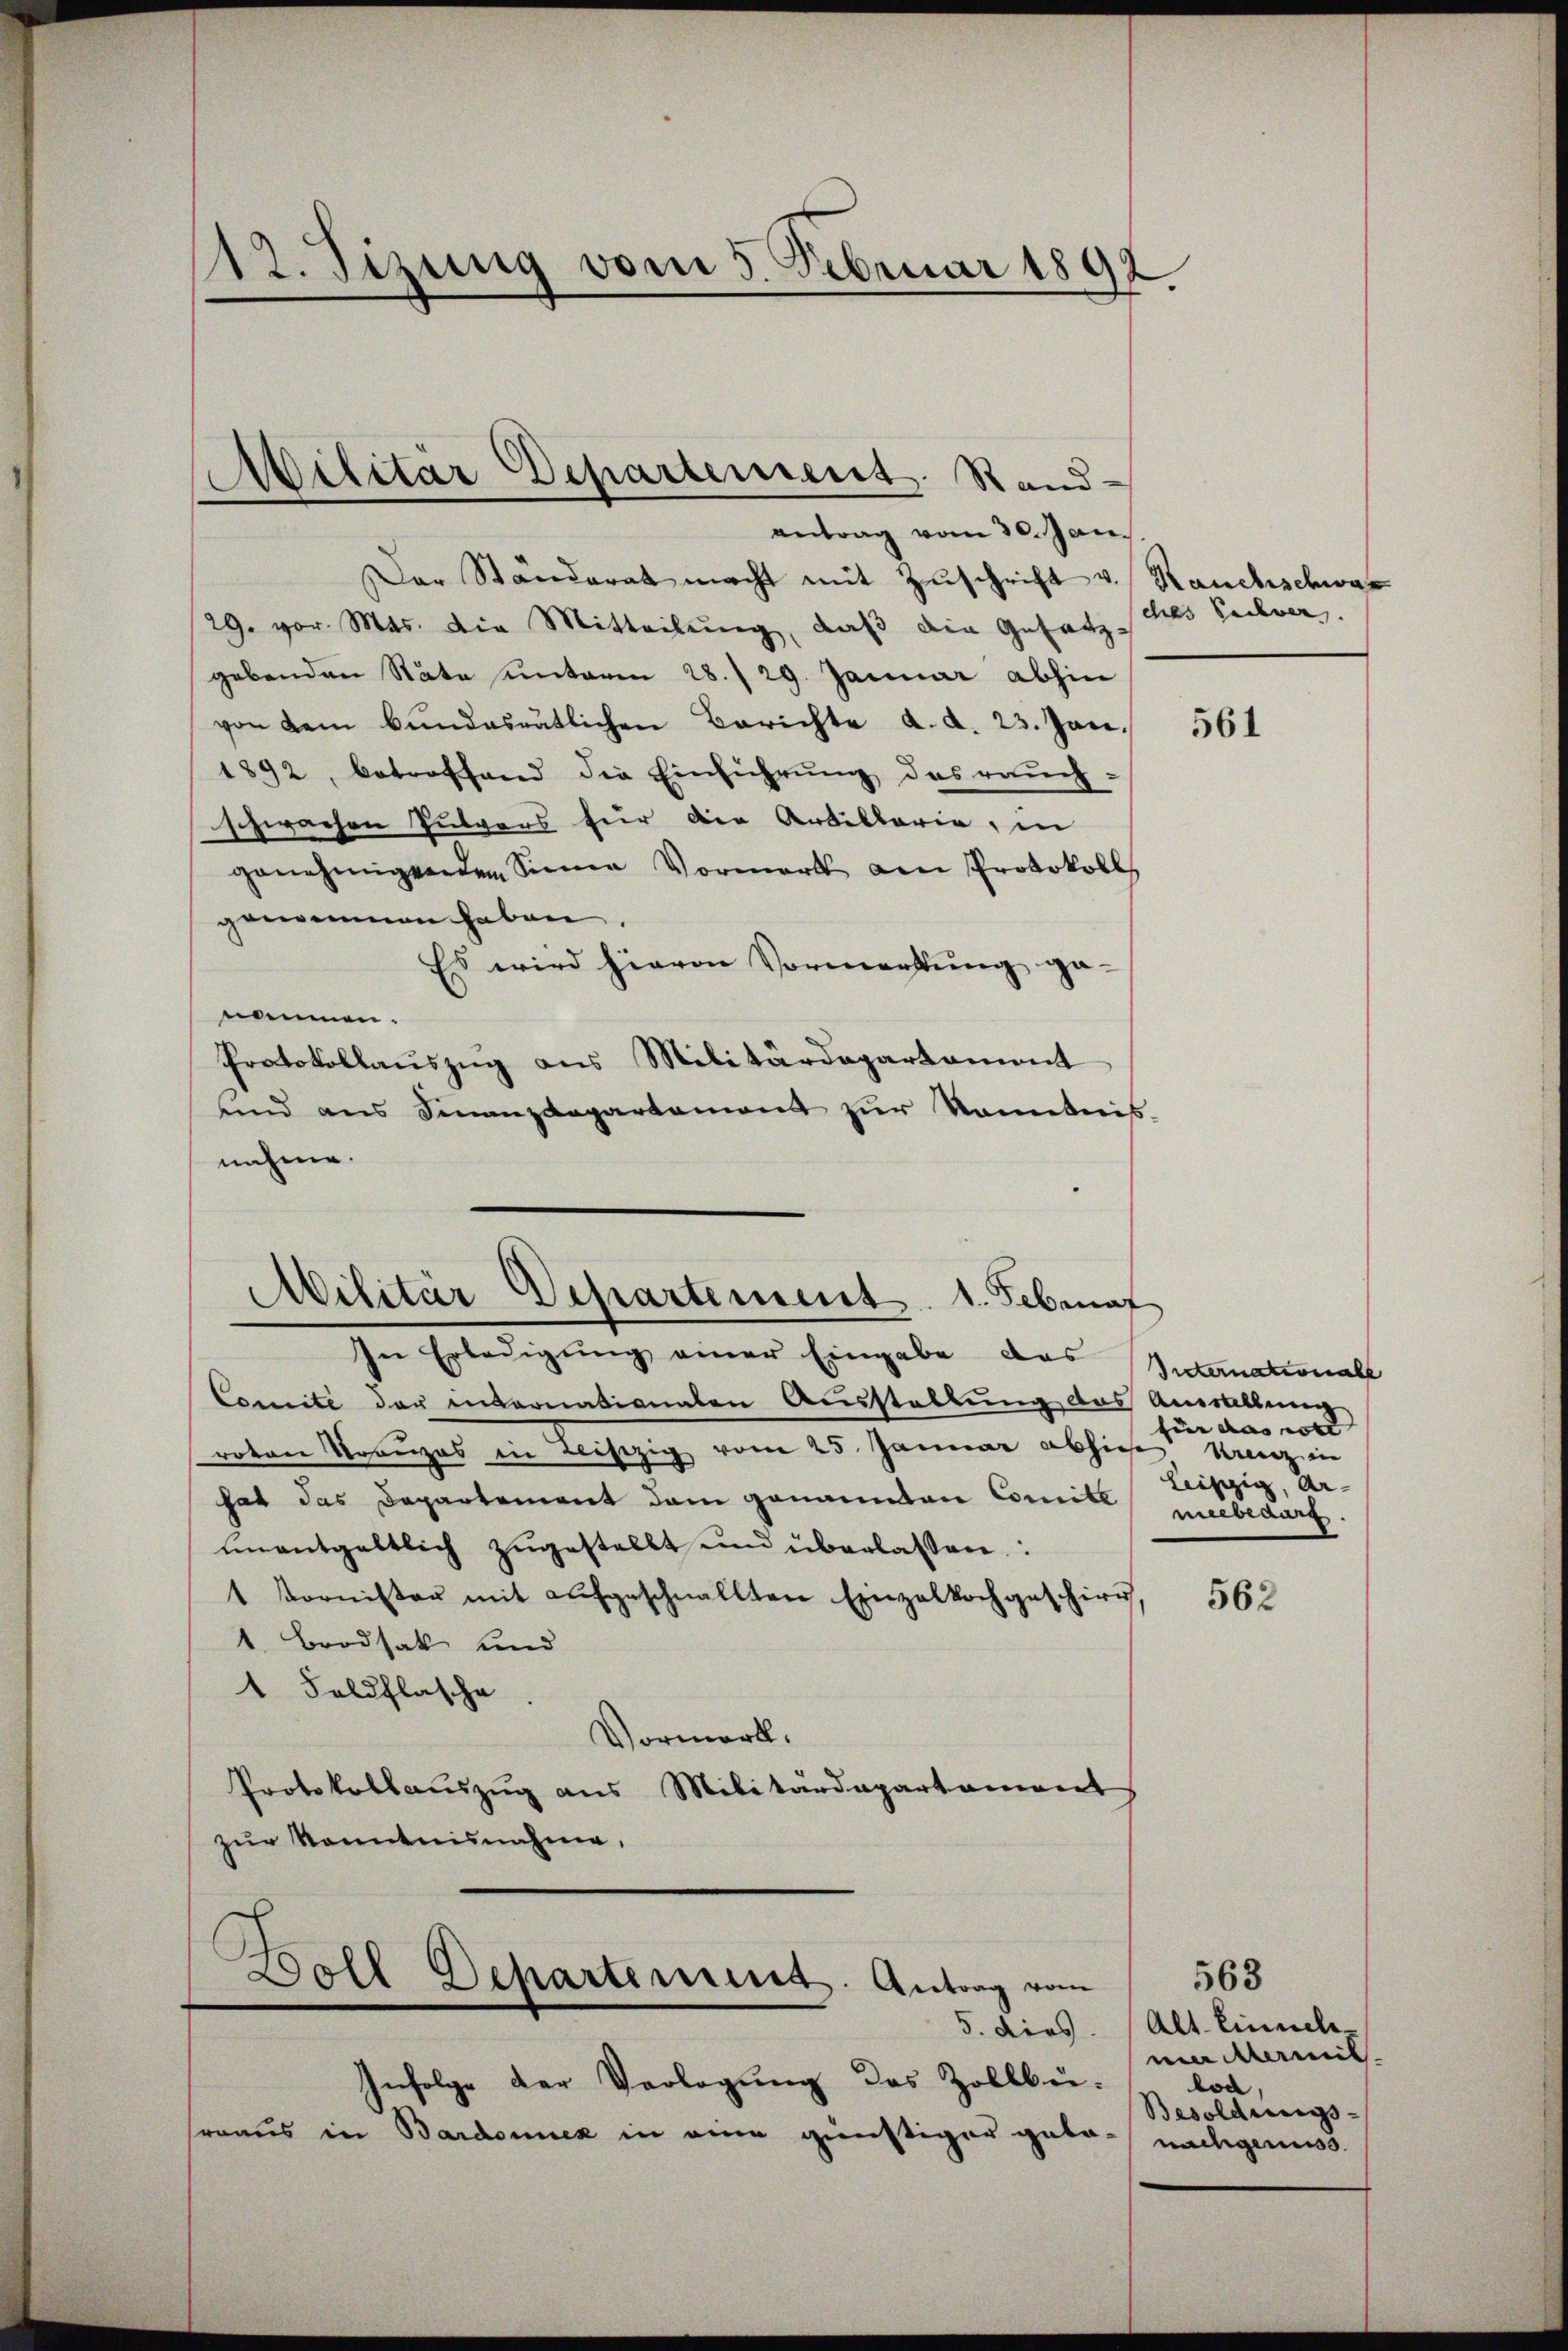
12. Sizung vom 5. Februar 1892

Der Ständerat macht mit Zuschrift v. Rauchschwar
29. vor. Mts. Die Mitteilŭng, daß die Gesetz-
gebenden Räte einterm 28./29. Januar abhin
von dem bundesrätlichen Berichte d. d. 23. Jan.
1892, betreffend die Einführung des rauch-
schwachen Pulvers für der Artillarie, in
genehmigenden Sinne Vormerk am Protokoll
genommen haben.
Es wird hievon Vormerkung ge-
n
nommen.
Protokollauszug aus Militärdepartament
unnd ans Finanzdepartament zŭr Kenntnis
nahme.
Militär Departement. 1. Februar
In Erledigŭng einer Eingabe das Guternationale
Comite der internationalen Ausstellung des Anwaltŭng
roten Kreuzes in Leiszig vom 25. Januar abhie Kin
hat das Departement dem genannten Comite mitbedarf.
ŭnentgeltlich zŭgestellt und überlassen:
1 Kornister mit aŭfgeschnallten Einzelkochgeschirr,
1. Brodsak und
1 Feldflasche
Vormerk.
Protokollauszug aus Militärdepartament
zur Kenntnisnahme,
.
Doll Departerreis. Antrag vom

Militär Departement. Stand
antrag vom 30. Jan.

5. dies

Infolge der Verlegung des Zollbe-
srraus in Bardonnex in eine günstiger geba-

ches Sachver.

561

für das soll
leiszig, Ar-

562

563
Alt. Einzele
mer übermit
lod
Besoldungs-
nachgenuss